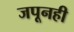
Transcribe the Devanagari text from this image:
जपूनही